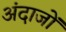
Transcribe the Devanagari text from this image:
अंदाजों